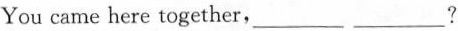
You came here together，___ ___？